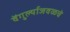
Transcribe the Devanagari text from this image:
वेंगुर्ल्याजवळचे